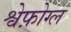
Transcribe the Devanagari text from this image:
श्वेफ़ोग्ल